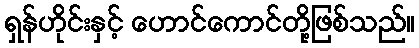
ရှန်ဟိုင်းနှင့် ဟောင်ကောင်တို့ဖြစ်သည်။